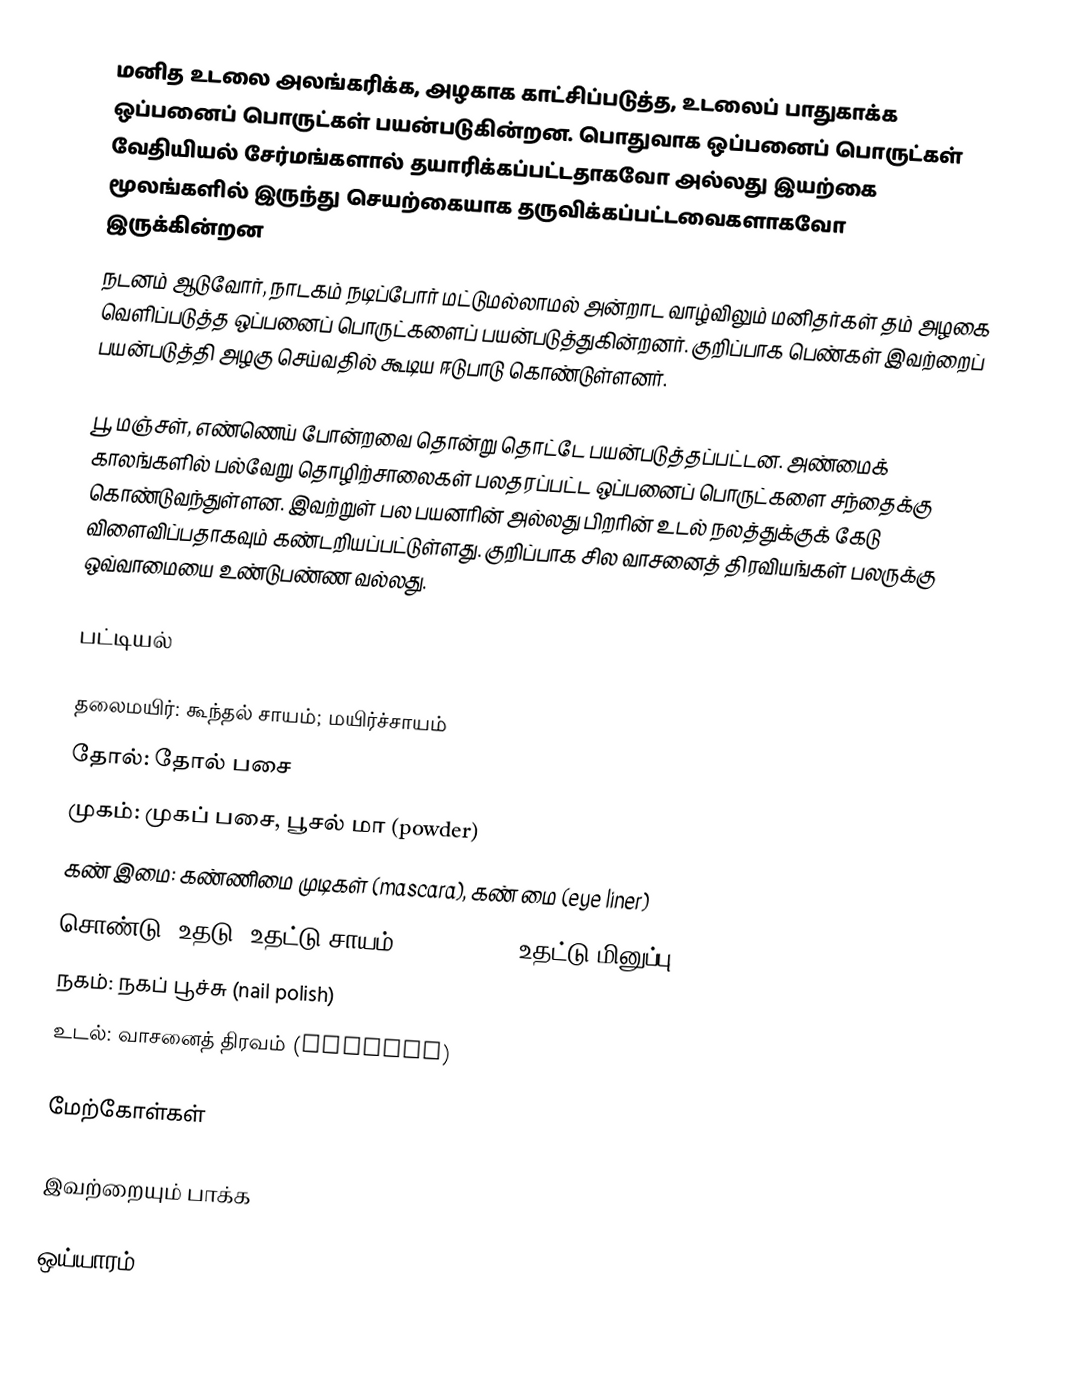
மனித உடலை அலங்கரிக்க, அழகாக காட்சிப்படுத்த, உடலைப் பாதுகாக்க ஒப்பனைப் பொருட்கள் பயன்படுகின்றன. பொதுவாக ஒப்பனைப் பொருட்கள் வேதியியல் சேர்மங்களால் தயாரிக்கப்பட்டதாகவோ அல்லது இயற்கை மூலங்களில் இருந்து செயற்கையாக தருவிக்கப்பட்டவைகளாகவோ இருக்கின்றன
நடனம் ஆடுவோர், நாடகம் நடிப்போர் மட்டுமல்லாமல் அன்றாட வாழ்விலும் மனிதர்கள் தம் அழகை வெளிப்படுத்த ஒப்பனைப் பொருட்களைப் பயன்படுத்துகின்றனர். குறிப்பாக பெண்கள் இவற்றைப் பயன்படுத்தி அழகு செய்வதில் கூடிய ஈடுபாடு கொண்டுள்ளனர்.

பூ, மஞ்சள், எண்ணெய் போன்றவை தொன்று தொட்டே பயன்படுத்தப்பட்டன. அண்மைக் காலங்களில் பல்வேறு தொழிற்சாலைகள் பலதரப்பட்ட ஒப்பனைப் பொருட்களை சந்தைக்கு கொண்டுவந்துள்ளன. இவற்றுள் பல பயனரின் அல்லது பிறரின் உடல் நலத்துக்குக் கேடு விளைவிப்பதாகவும் கண்டறியப்பட்டுள்ளது. குறிப்பாக சில வாசனைத் திரவியங்கள் பலருக்கு ஒவ்வாமையை உண்டுபண்ண வல்லது.

பட்டியல்

 தலைமயிர்: கூந்தல் சாயம்; மயிர்ச்சாயம்
 தோல்: தோல் பசை
 முகம்: முகப் பசை, பூசல் மா (powder)
 கண் இமை: கண்ணிமை முடிகள் (mascara), கண் மை (eye liner)
 சொண்டு, உதடு: உதட்டு சாயம் (lip stick), உதட்டு மினுப்பு (lip gloss)
 நகம்: நகப் பூச்சு (nail polish)
 உடல்: வாசனைத் திரவம் (perfume)

மேற்கோள்கள்

இவற்றையும் பாக்க

 ஒய்யாரம்